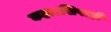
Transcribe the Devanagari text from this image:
कहा।सिपाही